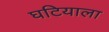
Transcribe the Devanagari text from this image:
घटियाला